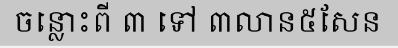
ចន្លោះពី ៣ ទៅ ៣លាន៥សែន